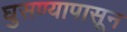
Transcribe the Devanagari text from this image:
घुसण्यापासून